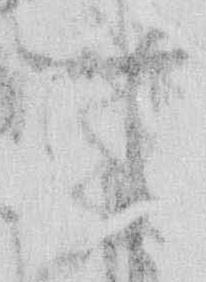
す